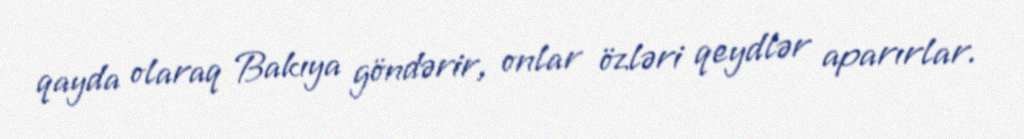
qayda olaraq Bakıya göndərir, onlar özləri qeydlər aparırlar.